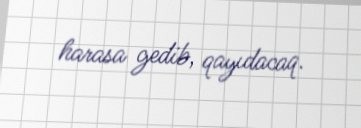
harasa gedib, qayıdacaq.